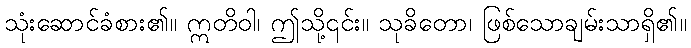
သုံးဆောင်ခံစား၏။ ဣတိဝါ၊ ဤသို့၎င်း။ သုခိတော၊ ဖြစ်သောချမ်းသာရှိ၏။